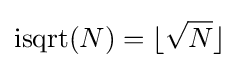
\operatorname {isqrt} (N)=\lfloor {\sqrt {N}}\rfloor